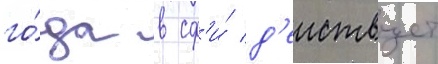
го́да в сф'и́ д'еиствует